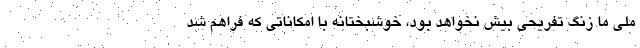
ملی ما زنگ تفریحی بیش نخواهد بود، خوشبختانه با امکاناتی که فراهم شد